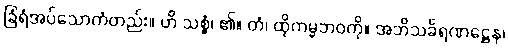
ခြံရံအပ်သောကံတည်း။ ဟိ သစ္စွံ၊ ၏။ တံ၊ ထိုကမ္မဘဝကို။ အဘိသင်္ခရဏဋ္ဌေန၊